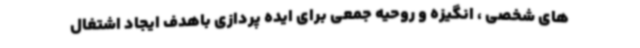
های شخصی ، انگیزه و روحیه جمعی برای ایده پردازی باهدف ایجاد اشتغال